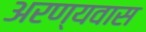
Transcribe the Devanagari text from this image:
अरण्यवास